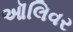
ઑલિવર